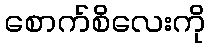
စောက်စိလေးကို